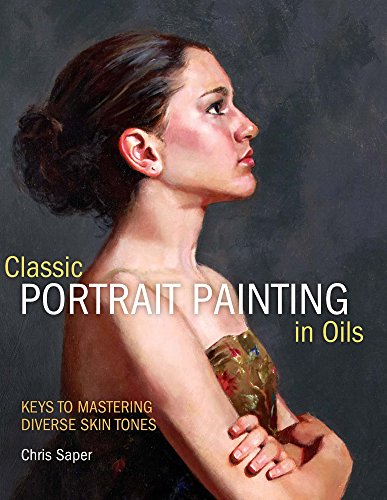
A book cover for Classic Portrait Painting in Oils: Keys to Mastering Diverse Skin Tones; Chris Saper; Arts & Photography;